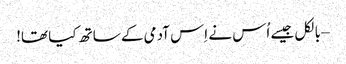
– بالکل جیسے اُس نے اِس آدمی کے ساتھ کیا تھا!